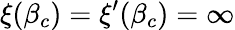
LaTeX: \xi(\beta_{c})=\xi^{\prime}(\beta_{c})=\infty